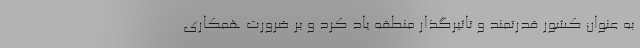
به عنوان کشور قدرتمند و تاثیرگذار منطقه یاد کرد و بر ضرورت همکاری